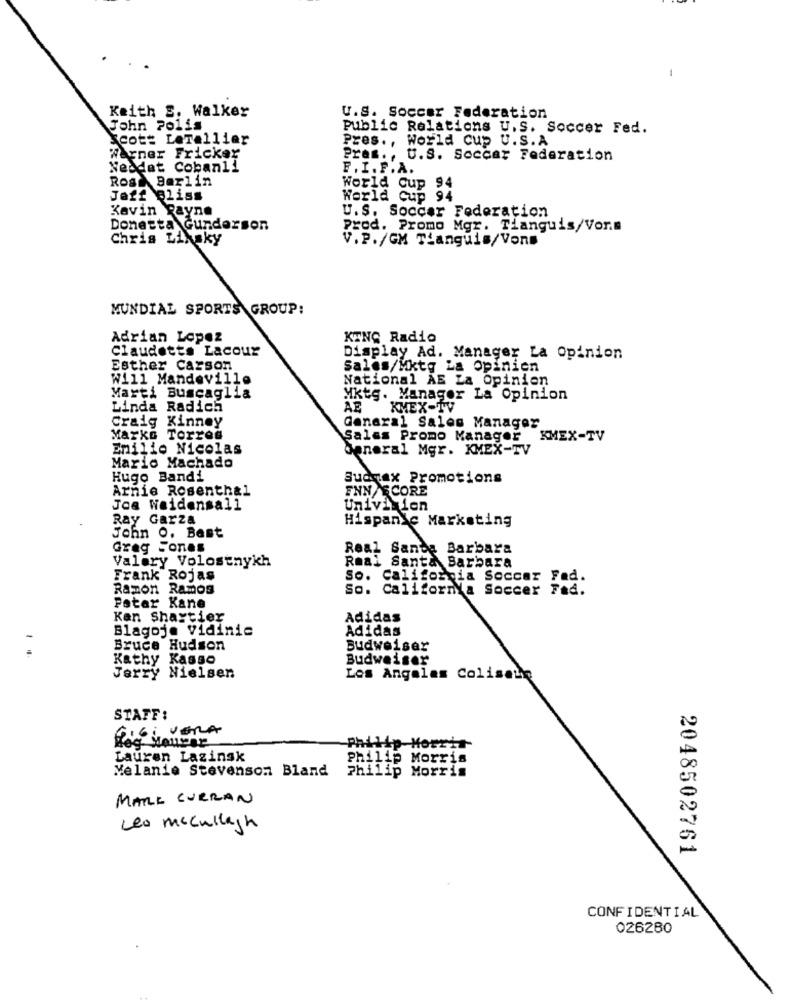
-
Keith S. Walker
U.S. Soccer Federation
John Polis
Public Relations U.S. Soccer Fed.
Scott LeTellier
Pres ., World Cup U. S. A
Warner Fricker
Pres. .
U.S. Soccar Federation
ebdet Cobanli
F. I. F.A.
Ros_ Berlin
World Cup 94
Jeff eliss
World Cup 94
Kavin Payne
U.S. Soccer Federation
Donetta Gunderson
Prod. Promo Mgr. Tianguis/Vor.s
Chris Linsky
V. P./GM Tianguis/Vons
MUNDIAL SPORTS GROUP:
Adrian Lopez
KING Radio
Claudette Lacour
Display Ad. Manager La Opinion
Esther Carson
Sales/Mktg La opinien
Will Mandeville
National AE La Opinion
Marti Buscaglia
Mktg. Manager La Opinion
Linda Radich
AF
KMEX-TV
Craig Kinney
General Sales Manager
Marks Torres
Salas Promo Manager KMEX-TV
Emilio Nicolas
General Mgr. KMEX-TV
Mario Machado
Hugo Bandi
Buonax Promotions
Arnie Rosenthal
ENNECORE
Joa Weidensall
Univixion
Ray Garza
Hispanic Marketing
John O. Best
Greg Fones
Real Santa Barbara
Valery Volostnykh
Real Santa Barbara
Frank Rojas
So. California Soccer Fad.
Ramon Ramos
So. California Soccer Fad.
Fatar Kane
Kan Shaytier
Adidas
Blagoje vidinic
Adidas
Bruce Hudson
Budweiser
Kathy Kasso
Budweiser
Jerry Nielsen
Los Angeles Colisate
STAFF:
16; VERA
Heg Houver
Philip Morris
Lauren Lazinsk
Philip Morris
Melanie Stevenson Bland
Philip Morris
MARE CURRAN
Les mccullagh
2048502761
CONFIDENTIAL
026280